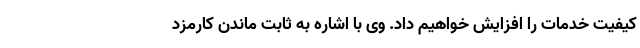
کیفیت خدمات را افزایش خواهیم داد. وی با اشاره به ثابت ماندن کارمزد